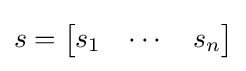
s={\begin{bmatrix}s_{1}&\cdots &s_{n}\end{bmatrix}}